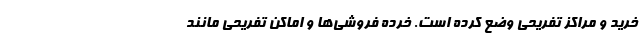
خرید و مراکز تفریحی وضع کرده است. خرده ‌فروشی‌ها و اماکن تفریحی مانند